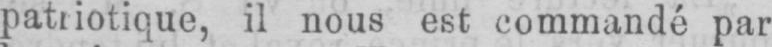
patriotique, il nous est commandé par